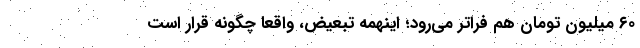
۶۰ میلیون تومان هم فراتر می‌رود؛ اینهمه تبعیض، واقعاً چگونه قرار است